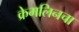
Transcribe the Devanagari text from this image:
क्रेमलिनचा